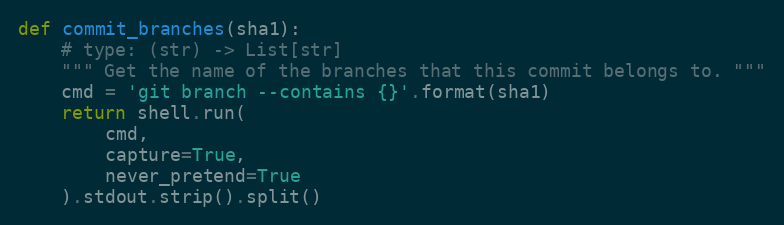
Language: Python
def commit_branches(sha1):
    # type: (str) -> List[str]
    """ Get the name of the branches that this commit belongs to. """
    cmd = 'git branch --contains {}'.format(sha1)
    return shell.run(
        cmd,
        capture=True,
        never_pretend=True
    ).stdout.strip().split()